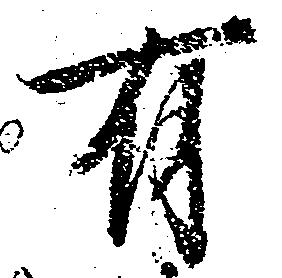
有